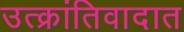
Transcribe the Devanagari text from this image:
उत्क्रांतिवादात